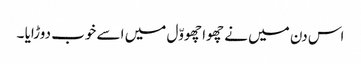
اس دن میں نے چھوا چھووّل میں اسے خوب دوڑایا ۔